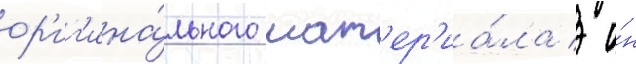
ор'иг'ина́льного мат'ер'иа́ла / о́н